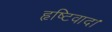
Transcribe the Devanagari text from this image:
हृष्टिवाद।